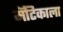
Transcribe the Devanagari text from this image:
मॅटिकाला